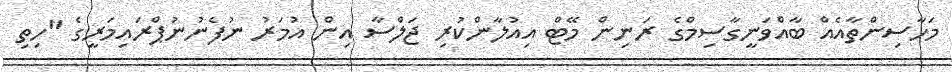
މަހާސިންތާއެއް ބާއްވަނީގާސިމްގެ ރަނިން މޭޓް އިއުލާންކުރި ޖަލްސާ އިން އުމަރު ނުފެނުނުޕްރައިމަރީގެ "ހިތި